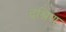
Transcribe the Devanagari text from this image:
दश्रिण